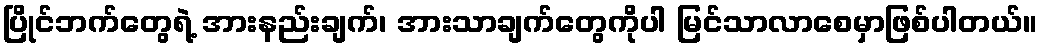
ပြိုင်ဘက်တွေရဲ့ အားနည်းချက်၊ အားသာချက်တွေကိုပါ မြင်သာလာစေမှာဖြစ်ပါတယ်။